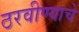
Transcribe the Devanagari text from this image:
ठरवीण्याचे